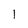
Character: I